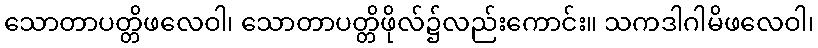
သောတာပတ္တိဖလေဝါ၊ သောတာပတ္တိဖိုလ်၌လည်းကောင်း။ သကဒါဂါမိဖလေဝါ၊